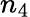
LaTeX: n_{4}